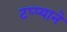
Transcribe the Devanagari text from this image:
टप्प्याने